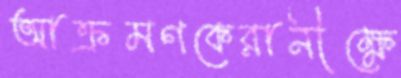
আক্রমণকেরানীক্ষে